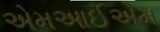
એમઆઈએમ